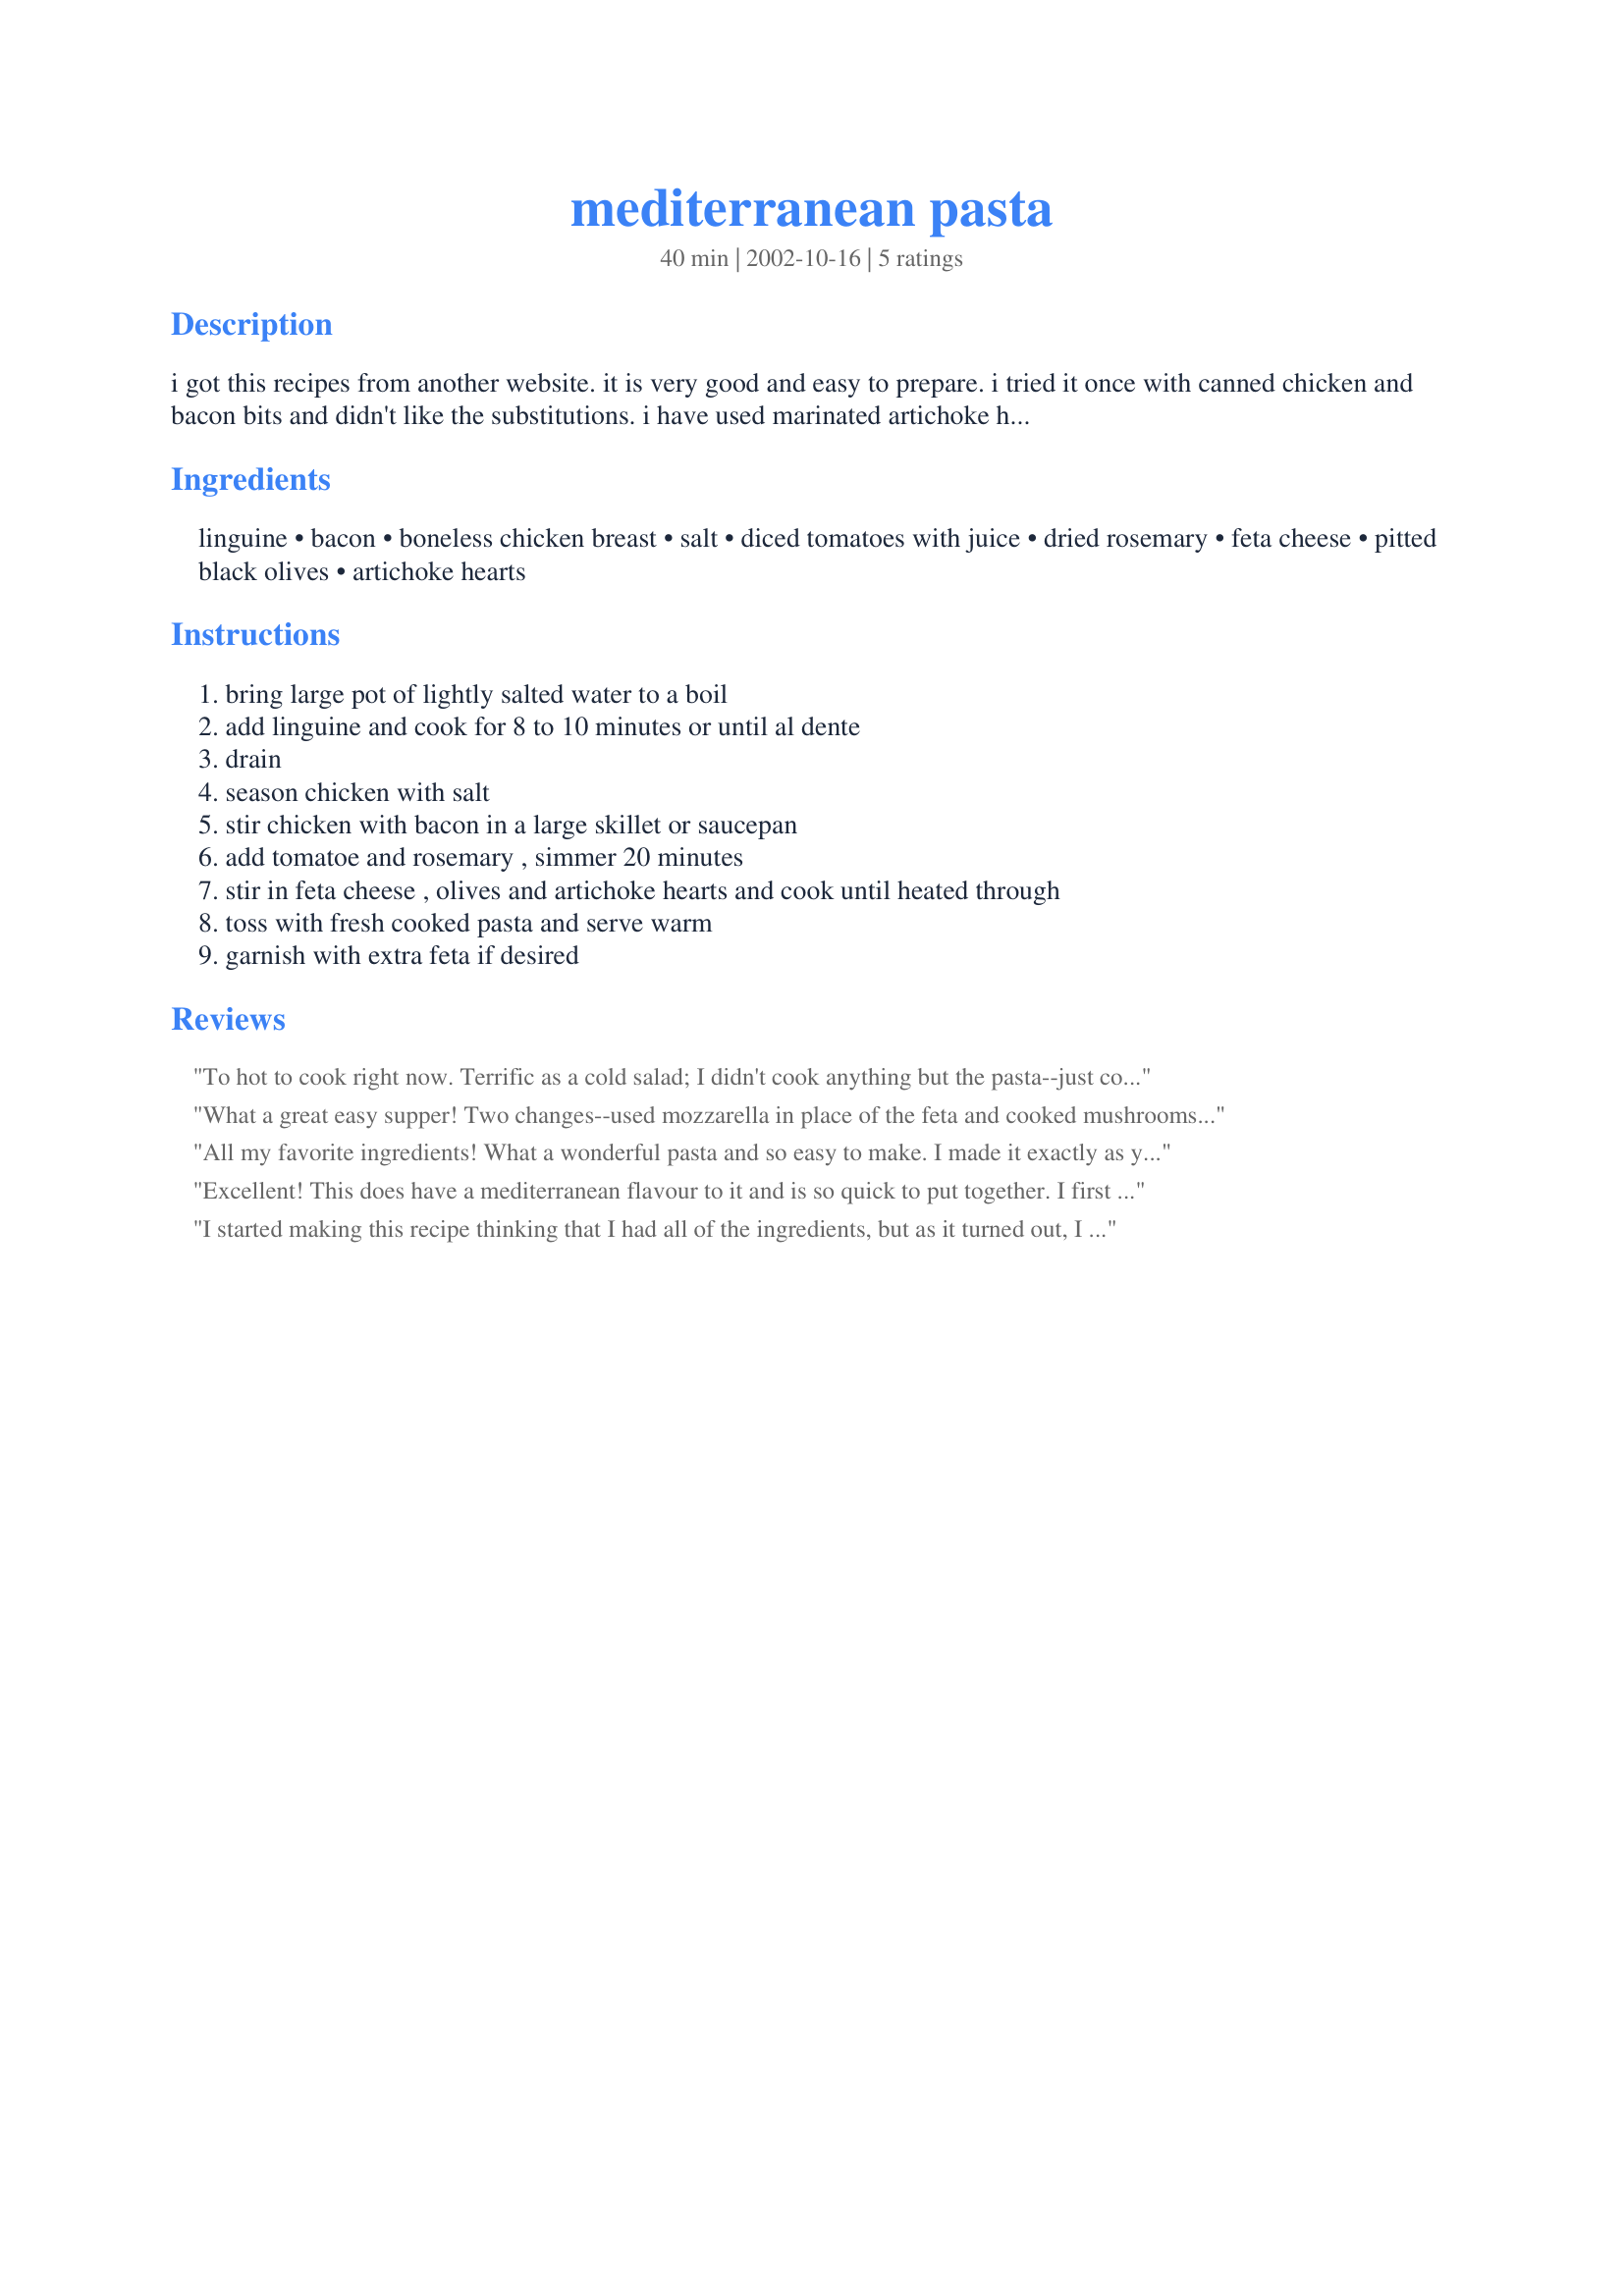
mediterranean pasta
Preparation time: 40 minutes

i got this recipes from another website. it is very good and easy to prepare. i tried it once with canned chicken and bacon bits and didn't like the substitutions. i have used marinated artichoke heart and loved it.

Ingredients:
linguine, bacon, boneless chicken breast, salt, diced tomatoes with juice, dried rosemary, feta cheese, pitted black olives, artichoke hearts

Steps:
bring large pot of lightly salted water to a boil, add linguine and cook for 8 to 10 minutes or until al dente, drain, season chicken with salt, stir chicken with bacon in a large skillet or saucepan, add tomatoe and rosemary , simmer 20 minutes, stir in feta cheese , olives and artichoke hearts and cook until heated through, toss with fresh cooked pasta and serve warm, garnish with extra feta if desired

Reviews:
To hot to cook right now. Terrific as a cold salad; I didn't cook anything but the pasta--just combined and added some chopped Basil. Yummy stuff!
What a great easy supper! Two changes--used mozzarella in place of the feta and cooked mushrooms in place of the artichokes(family preferences). The rosemary just gave this dish such a flavor boost! And the smokey flavor from the bacon--WOW!! Will be having this again and soon!
All my favorite ingredients! What a wonderful pasta and so easy to make. I made it exactly as you stated and it turned out perfectly. I'm having some friends over for dinner next week and plan on serving this to them. I know they will love it. Thanks so much, Lynn. :-)

Excellent! This does have a mediterranean flavour to it and is so quick to put together. I first fried the bacon, then browned the diced chicken breast in a bit of the pan drippings from the bacon. The only change I made was to hold back the feta until serving the pasta, sprinkling it over at the end. I think this would be great with some added crunch, maybe some toasted pine nuts tossed in. Since DS had seconds and DH had thirds I'll definitely be making this recipe again. Thank you, Smilynn. Fantastic! :)
I started making this recipe thinking that I had all of the ingredients, but as it turned out, I was out of a lot of stuff! But it turned out delicious! I used half pkg of rotelle and left out the bacon, rosemary and artichokes. I subbed kalmata for black olives (had black olives, but I like kalmata better :-)). I used a quarter of a huge chicken breast, sauted with lemon garlic and lemon pepper seasonings. I'll definitely make again, hopefully with all of the ingredients! Thank you!
